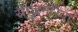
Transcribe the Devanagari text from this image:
सैंगुइनेरिया